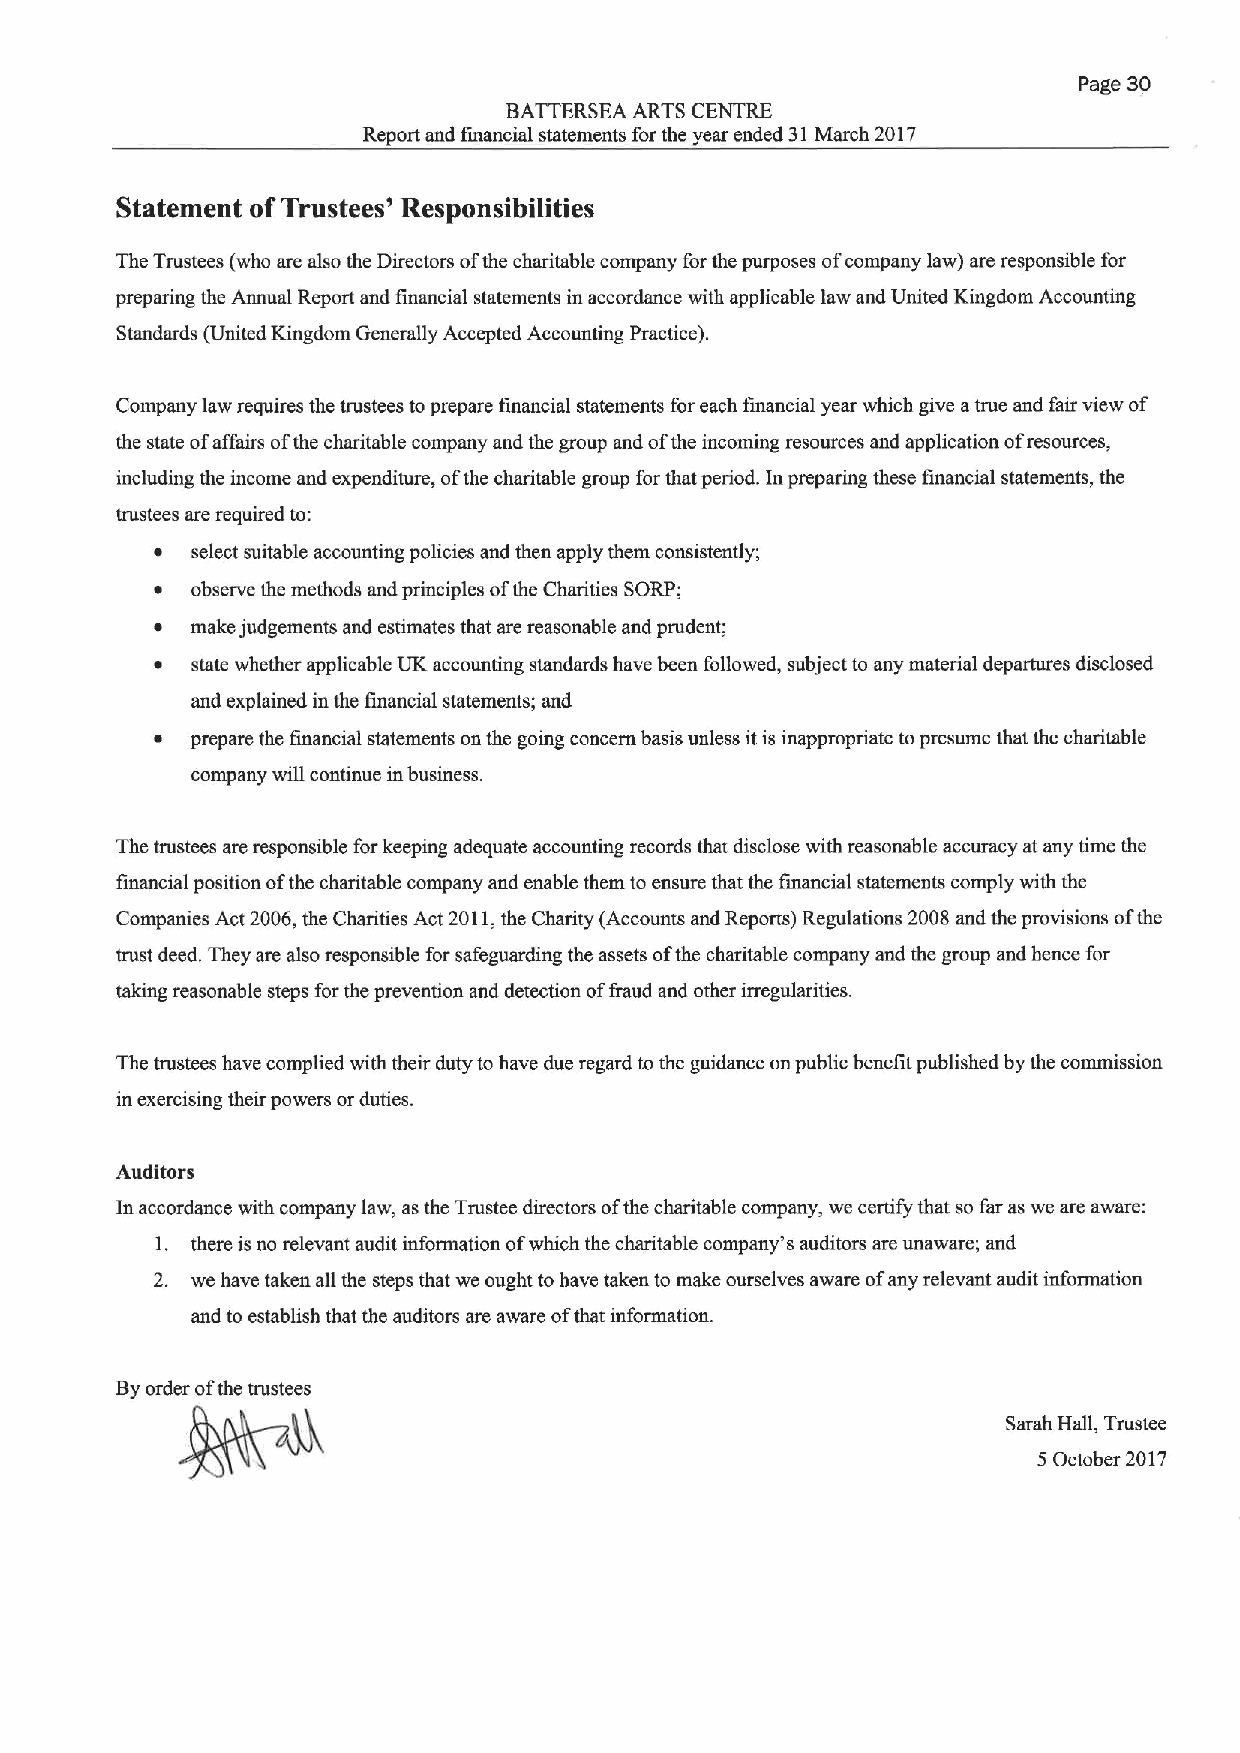
Page 30
 BATTERSEA ARTS CENTRE
 Report and financial statements for the year ended 31March 2017
 Statement ofTrustees' Responsibilities
 The Trustees (who are also the Directors ofthe charitable company forthe purposes ofcompany law) are responsible for
 preparing the Annual Report and financial statements in accordance with applicable law and United Kingdom Accounting
 Standards (United Kingdom Generally Accepted Accounting Practice).
 Company law requires the trustees toprepare financial statements for each financial year which give atrue and fair view of
 the state ofaffairs ofthe charitable company and the group and ofthe incoming resources and application ofresources,
 including the income and expenditure, ofthe charitable group for that period. Inpreparing these financial statements, the
 trustees are required to:
 ~  select suitable accounting policies and then apply them consistently;
 ~  observe the methods and principles ofthe Charities SORP;
 ~  make judgements and estimates that are reasonable and prudent;
 ~  state whether applicable UK accounting standards have been followed, subject to any material departures disclosed
 and explained in the financial statements; and
 ~  prepare the financial statements on the going concern basis unless itis inappropriate topresume that the charitable
 company will continue in business.
 The trustees are responsible forkeeping adequate accounting records that disclose with reasonable accuracy at any time the
 financial position ofthe charitable company and enable them to ensure that the financial statements comply with the
 Companies Act 2006, the Charities Act 2011,the Charity (Accounts and Reports) Regulations 2008 and the provisions ofthe
 trust deed. They are also responsible for safeguarding the assets ofthe charitable company and the group and hence for
 taking reasonable steps for the prevention and detection offraud and other irregularities.
 The trustees have complied with their duty to have due regard tothe guidance on public benefit published by the commission
 in exercising their powers or duties.
 Auditors
 In accordance with company law, as the Trustee directors ofthe charitable company, we certify that so far as we are aware:
 1. there is no relevant audit information ofwhich the charitable company*s auditors are unaware; and
 2. we have taken all the steps that we ought to have taken to make ourselves aware ofany relevant audit information
 and to establish that the auditors are aware ofthat information.
 Byorder ofthe trustees
 Sarah Hall, Trustee
 5 October 2017